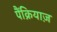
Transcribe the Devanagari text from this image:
पैंक्रियाज़